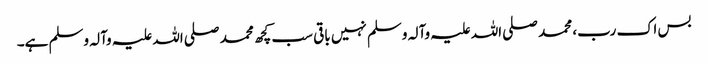
بس اک رب، محمد صلی اللہ علیہ وآلہ وسلم نہیں باقی سب کچھ محمد صلی اللہ علیہ وآلہ وسلم ہے۔